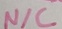
Text: N/C